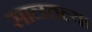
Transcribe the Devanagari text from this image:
सालतल्या